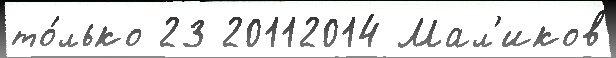
то́лько 23 20112014 Мал'иков